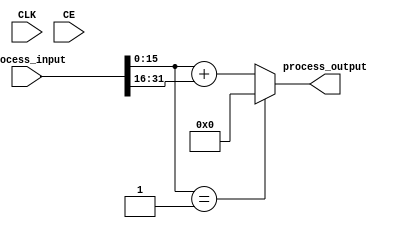
module sumwrap_uint16_to1(input CLK, input CE, input [31:0] process_input, output [15:0] process_output);
parameter INSTANCE_NAME="INST";
  wire [15:0] unnamedcast7518USEDMULTIPLEcast;assign unnamedcast7518USEDMULTIPLEcast = (process_input[15:0]); 
  assign process_output = (({(unnamedcast7518USEDMULTIPLEcast==(16'd1))})?((16'd0)):({(unnamedcast7518USEDMULTIPLEcast+(process_input[31:16]))}));
endmodule